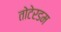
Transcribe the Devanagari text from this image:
तोटेरडम